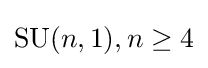
\mathrm {SU} (n,1),n\geq 4